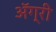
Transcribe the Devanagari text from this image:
ॲग्री